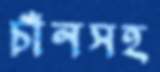
চাঁনসহ